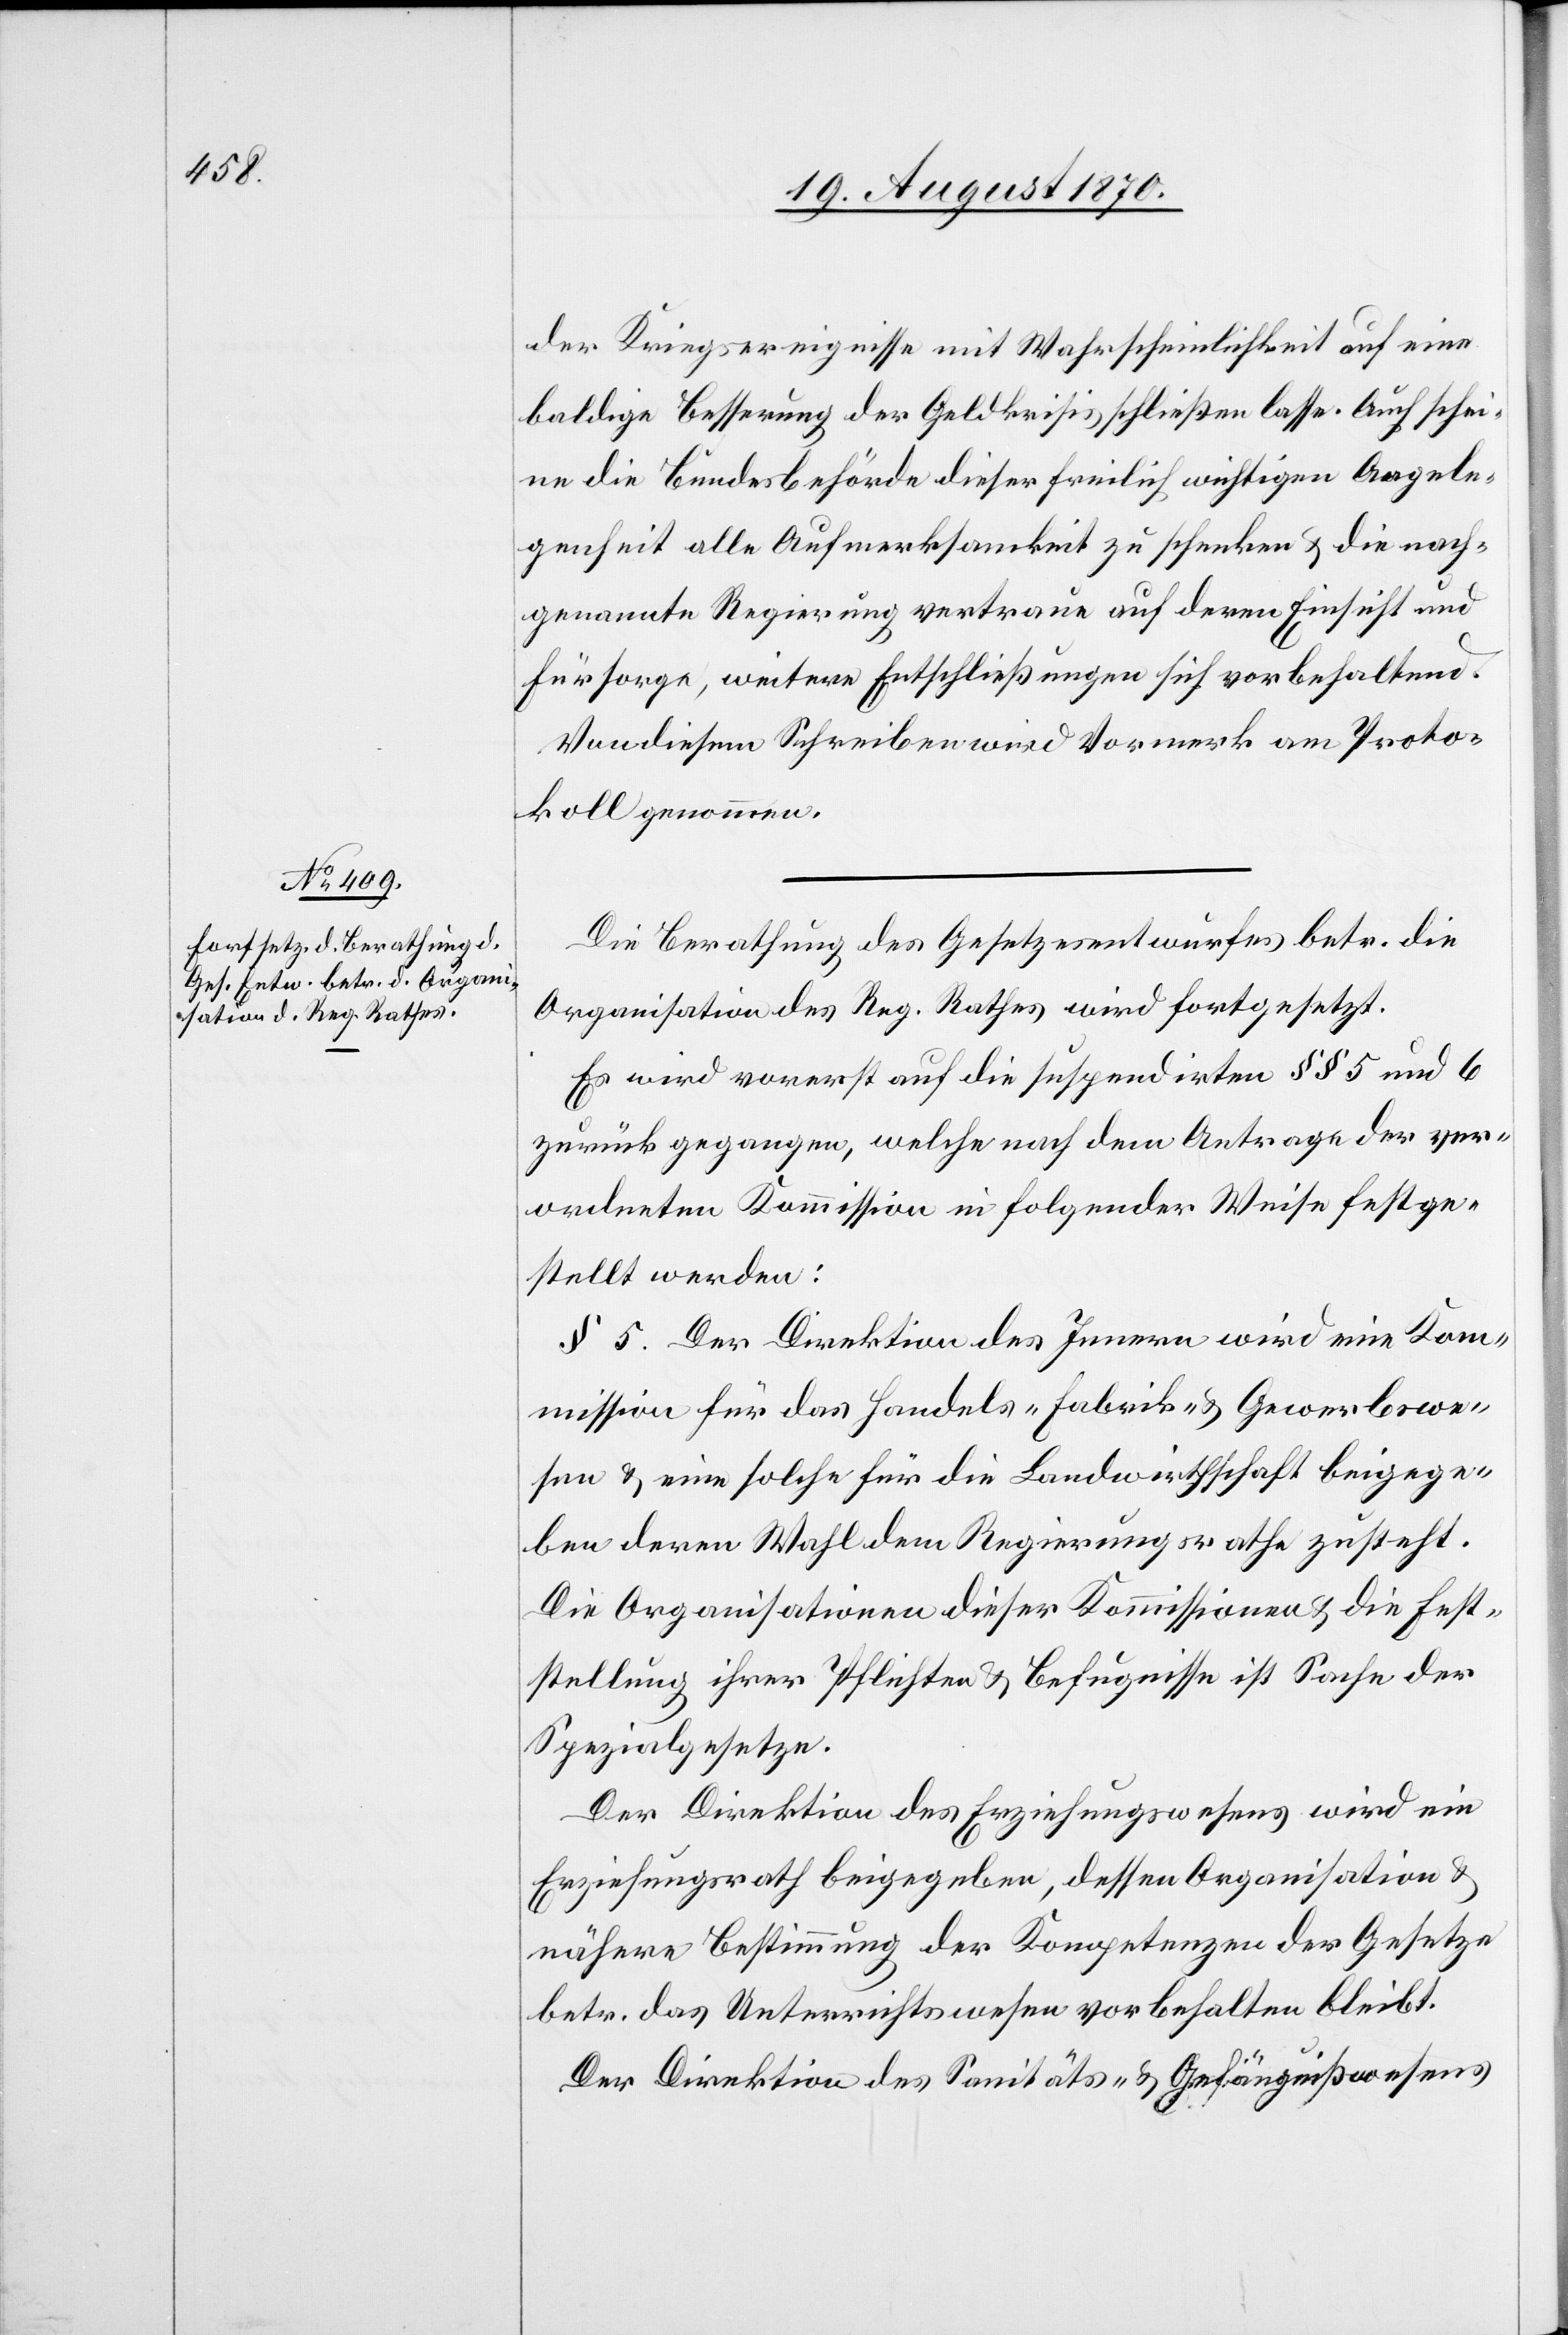
der Kriegsereignisse mit Wahrscheinlichkeit auf eine
baldige Besserung der Geldkrisis schließen lasse. Auch schei¬
ne die Bundesbehörde dieser freilich wichtigen Angele¬
genheit alle Aufmerksamkeit zu schenken & die nach¬
genannte Regierung vertraue auf deren Einsicht und
Fürsorge, weitere Erschließungen sich vorbehaltend.
Von diesem Schreiben wird Vormerk am Proto¬
koll genommen.
Die Berathung des Gesetzesentwurfes betr. die
Organisation des Reg. Rathes wird fortgesetzt.
Es wird vorerst auf die suspendirten §§ 5 und 6
zurückgegangen, welche nach dem Antrage der ver¬
ordneten Kommission in folgender Weise festge¬
stellt werden:
§ 5. Der Direktion des Innern wird eine Kom¬
mission für das Handels- Fabrik- & Gewerbswe¬
sen & eine solche für die Landwirthschaft beigege¬
ben deren Wahl dem Regierungsrathe zusteht.
Dir Organisationen dieser Kommissionen & die Fest¬
stellung ihrer Pflichten & Befugnisse ist Sache der
Spezialgesetze.
Der Direktion des Erziehungswesens wird ein
Erziehungsrath beigegeben, dessen Organisation &
nähere Bestimmung der Kompetenzen der Gesetze
betr. das Unterrichtswesen vorbehalten bleibt
Der Direktion des Sanitäts- & Gefängnißwesens